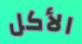
الأكل